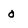
Character: O